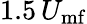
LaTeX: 1.5\, U_{\mathrm{mf}}